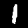
Label: 1